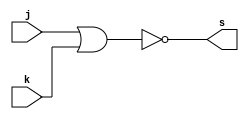
// ------------------------- 
// Exercicio 0002 
// Nome: Miller 
// ------------------------- 
// --------- NOR -----------

module portaNOR(output s, input j, input k);
assign s = ~(j|k);

endmodule // -- fim do modulo portaNOR.

module aux;
reg a, b; // -- entradas.
wire s; // -- saidas

portaNOR severinoquebragralho(s, a, b); // -- ira executar o modulo.

initial begin: start
a=0; b=0;
end

initial begin

$display("Miller - 449048");
$display("Porta NOR");
$display(" ");
$monitor("%b & %b = %b", a, b, s);

#1 a=0; b=0;
#1 a=0; b=1;
#1 a=1; b=0;
#1 a=1; b=1;

end
endmodule //-- fim do aplicativo.